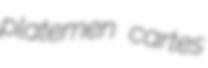
platemen cartes